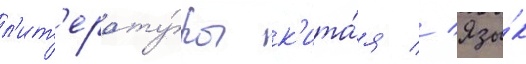
л'ит'ерату́ры к'ита́я // Язы́к